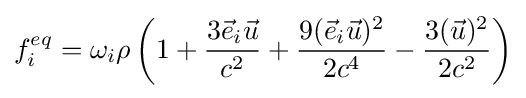
f_{i}^{eq}=\omega _{i}\rho \left(1+{\frac {3{\vec {e}}_{i}{\vec {u}}}{c^{2}}}+{\frac {9({\vec {e}}_{i}{\vec {u}})^{2}}{2c^{4}}}-{\frac {3({\vec {u}})^{2}}{2c^{2}}}\right)